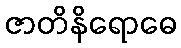
ဇာတိနိရောဓေ